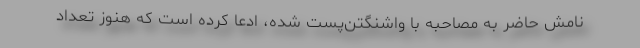
نامش حاضر به مصاحبه با واشنگتن‌پست شده، ادعا کرده است که هنوز تعداد